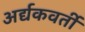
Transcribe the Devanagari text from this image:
अर्द्यकवर्ती